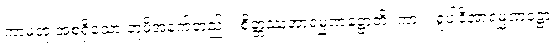
ကာမဘုံ အစရှိသော ဘူမိအနက်တည်း။ စိတ္တဿအာရမ္မဏဋ္ဌောတိ၊ ကား။ ရူပါဒိအာရမ္မဏဋ္ဌော၊